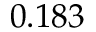
0 . 1 8 3